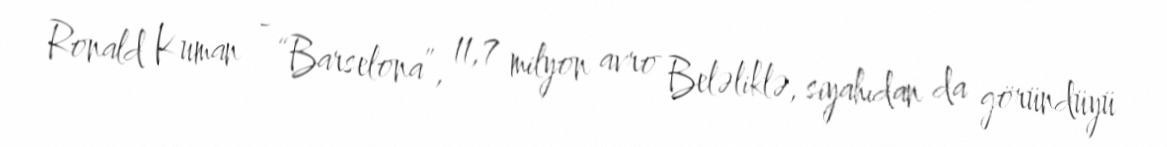
Ronald Kuman - “Barselona”, 11,7 milyon avro Beləliklə, siyahıdan da göründüyü